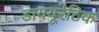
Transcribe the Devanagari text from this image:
डाययूरेटिक